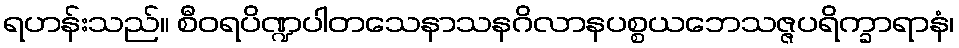
ရဟန်းသည်။ စီဝရပိဏ္ဍပါတသေနာသနဂိလာနပစ္စယဘေသဇ္ဇပရိက္ခာရာနံ၊